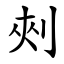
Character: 㓨